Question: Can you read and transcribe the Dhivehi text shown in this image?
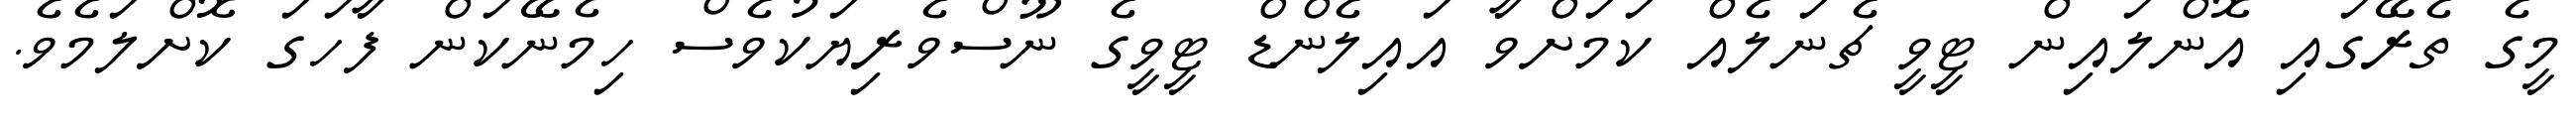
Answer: މީގެ ތެރޭގައި އޮންލައިން ޓީވީ ޗެނަލެއް ކަމަށްވާ އައިލެންޑް ޓީވީގެ ނޫސްވެރިޔަކުވެސް ހިމެނޭކަން ފާހަގަ ކޮށްލަމެވެ.